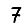
Digit: 7